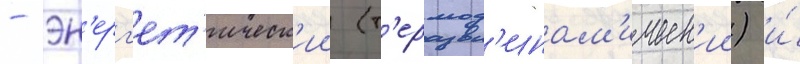
- эн'ерг'ет'ическ'ии (т'ермод'инам'ическ'ии) и́